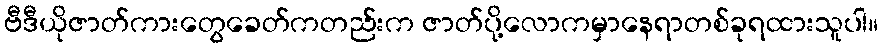
ဗီဒီယိုဇာတ်ကားတွေခေတ်ကတည်းက ဇာတ်ပို့လောကမှာနေရာတစ်ခုရထားသူပါ။